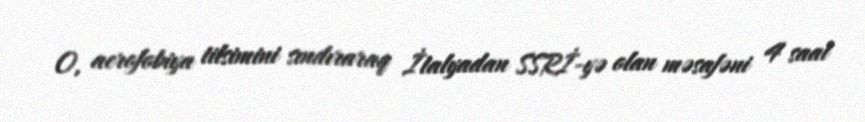
O, aerofobiya tilsimini sındıraraq İtalyadan SSRİ-yə olan məsafəni 4 saat